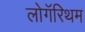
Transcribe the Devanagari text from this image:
लोगॅरिथम